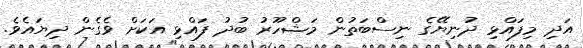
އަދި މިފައްޅި ދުނިޔޭގެ ނިސްބަތުން މަޝްހޫރު ބުދު ފައްޅި އަކަށް ވެގެން ދިޔައެވެ.